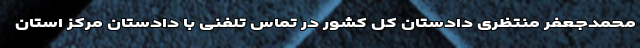
محمدجعفر منتظری دادستان کل کشور در تماس تلفنی با ‌دادستان مرکز استان